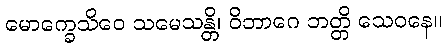
မောက္ခေသိဝေ သမေသန္တိ၊ ဝိဘာဂေ ဘတ္တိ သေဝနေ။